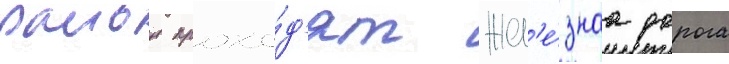
раион прохо́д'ят жел'е́знаа дорога